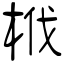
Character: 栰